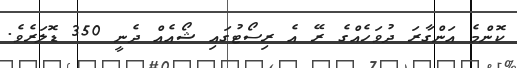
ކޮންމެ އަންގާރަ ދުވަހެއްގެ ރޭ އެ ރިސޯޓުގައި ޝޯއެއް ދެނީ 350 ޑޮލަރެވެ.